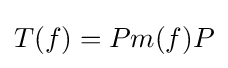
{T(f)=Pm(f)P}